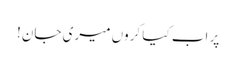
پر اب کیا کروں میری جان!